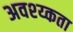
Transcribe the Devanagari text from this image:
अवश्य्कता